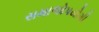
સમાજોપયોગી